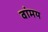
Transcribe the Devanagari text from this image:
वांमय